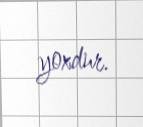
yoxdur.